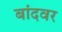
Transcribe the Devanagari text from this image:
बांदवर